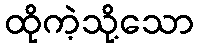
ထိုကဲ့သို့သော